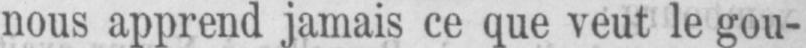
nous apprend jamais ce que veut le gou-